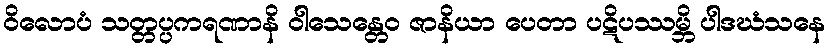
ဝိလောပံ သတ္တပ္ပကရဏာနိ ဝါသေန္တေဝ ဇာနိယာ ပေတာ ပဋိပဿမ္ဘိ ပါဒဃံသနေ